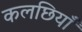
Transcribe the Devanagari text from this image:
कलछियाँ